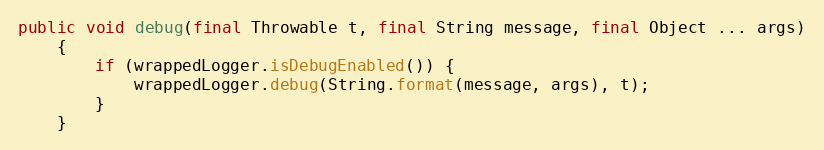
Language: Java
public void debug(final Throwable t, final String message, final Object ... args)
    {
        if (wrappedLogger.isDebugEnabled()) {
            wrappedLogger.debug(String.format(message, args), t);
        }
    }